Riigikantselei, lk 61
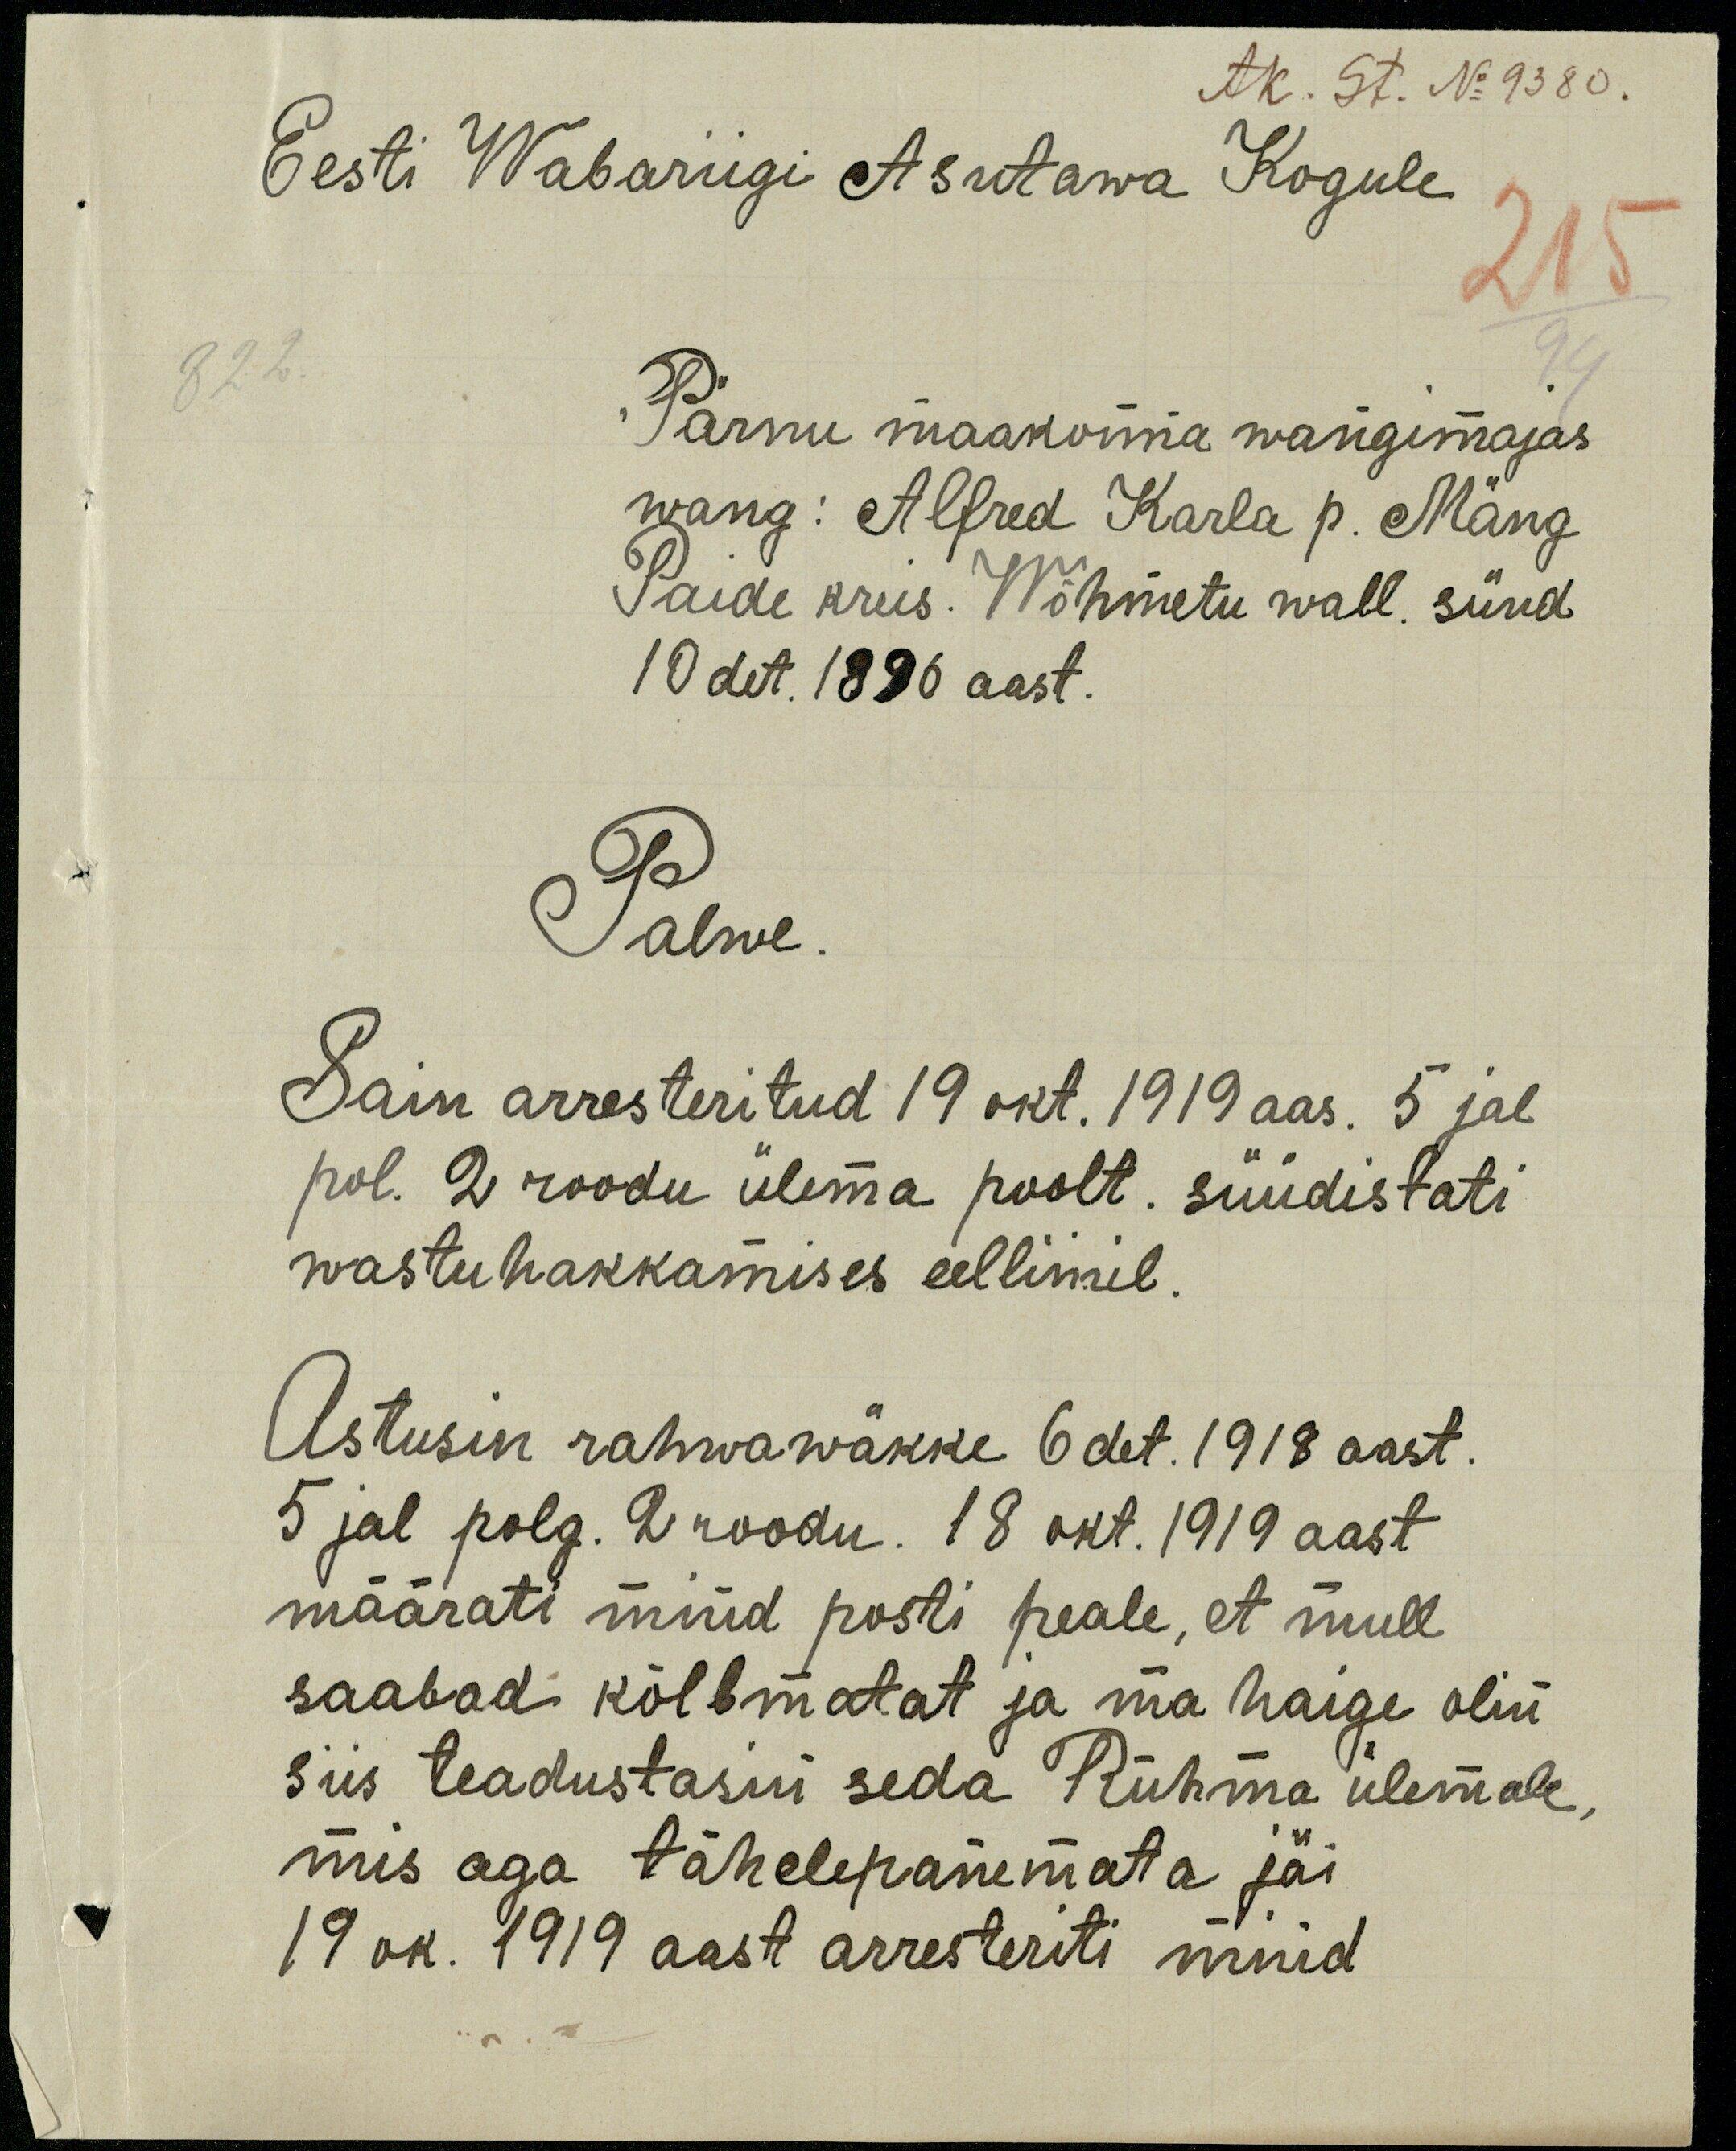
Ak. St. No 9380.
Eesti Wabariigi Asutawa Kogule
Pärnu maakonna wangimajas
wang: Alfred Karla p. Mäng
Paide kreis. Wõhmetu wall. sünd
10 det. 1896 aast.
Palwe.
Sain arresteritud 19 okt. 1919 aas. 5 jal
pol. 2 roodu ülema poolt. süüdistati
wastuhakkamises eelliinil.
Astusin rahwawäkke 6 det. 1918 aast.
5 jal polg. 2 roodu. 18 okt. 1919 aast.
määrati mind posti peale, et mull
saabad kõlbmatat ja ma haige olin
siis teadustasin seda Rühma ülemale,
mis aga tähelepanemata jäi.
19 ok. 1919 aast arresteriti mind